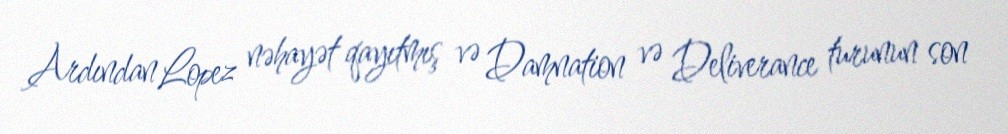
Ardından Lopez nəhayət qayıtmış və Damnation və Deliverance turunun son